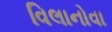
વિલાનોવા